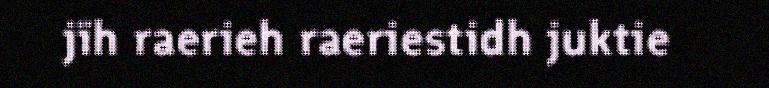
jïh raerieh raeriestidh juktie